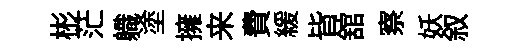
彬茫軄塗擁来費緩皆舘察妖叙